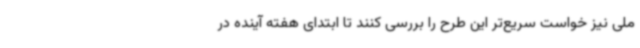
ملی نیز خواست سریع‌تر این طرح را بررسی کنند تا ابتدای هفته آینده در